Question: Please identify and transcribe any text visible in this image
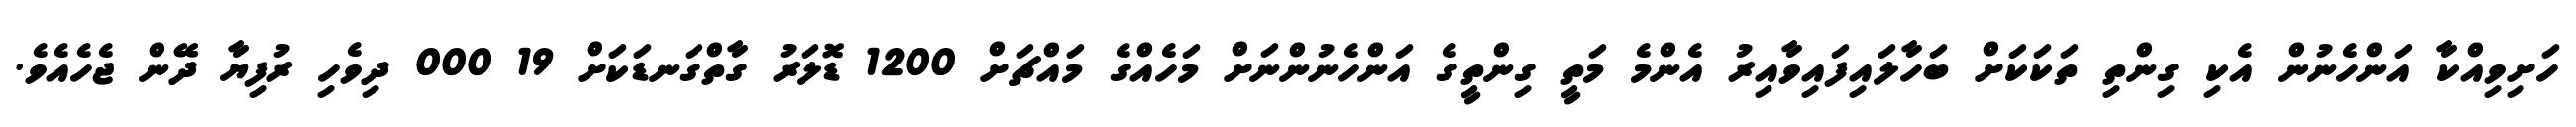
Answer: ހަށިވިއްކާ އަންހެނުން އެކި ގިންތި ތަކަކަށް ބަހާލައިފައިވާއިރު އެންމެ މަތީ ގިންތީގެ އަންހެނުންނަށް މަހެއްގެ މައްޗަށް 1200 ޑޮލަރު ގާތްގަނޑަކަށް 19 000 ދިވެހި ރުފިޔާ ދޭން ޖެހެއެވެ.